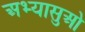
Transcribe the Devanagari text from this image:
अभ्यासुओ